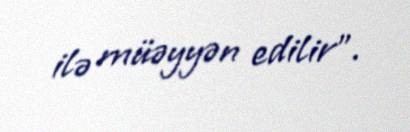
ilə müəyyən edilir”.